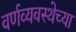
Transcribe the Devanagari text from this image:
वर्णव्यवस्थेच्या